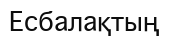
Есбалақтың